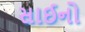
સાઈનો